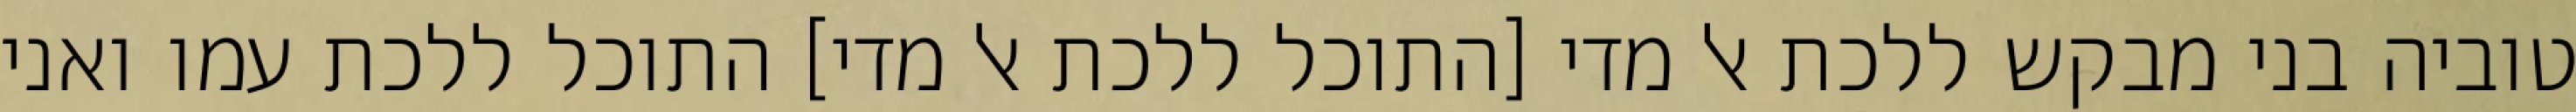
טוביה בני מבקש ללכת אל מדי [התוכל ללכת אל מדי] התוכל ללכת עמו ואני